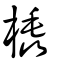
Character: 橇